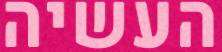
העשיה